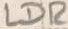
Text: LDR